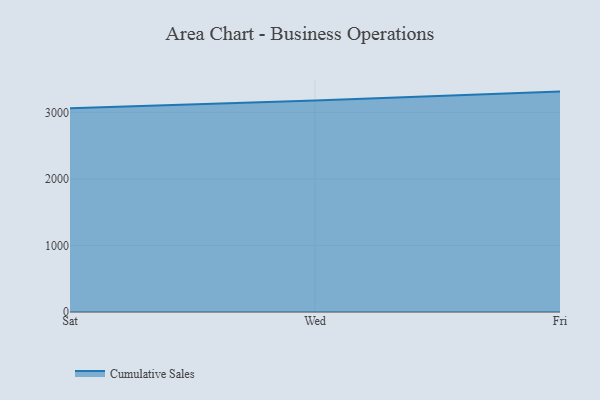
{"axis": {"x": "Day", "y": "Shipments"}, "legend": ["Cumulative Sales"], "data": [{"x": "Sat", "y": 3062.1, "type": "Cumulative Sales"}, {"x": "Wed", "y": 3179.6, "type": "Cumulative Sales"}, {"x": "Fri", "y": 3312.1, "type": "Cumulative Sales"}]}